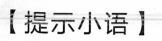
【提示小语】